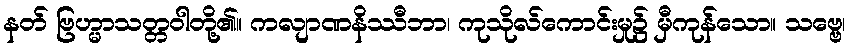
နတ် ဗြဟ္မာသတ္တဝါတို့၏။ ကလျာဏနိဿီဘာ၊ ကုသိုလ်ကောင်းမှု၌ မှီကုန်သော။ သဗ္ဗေ၊